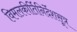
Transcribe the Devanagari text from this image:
विमलकीर्तिनिर्देशसूत्र